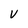
Character: V